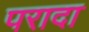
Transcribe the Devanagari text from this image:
परादा